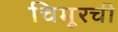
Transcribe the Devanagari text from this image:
चिमूरची